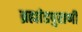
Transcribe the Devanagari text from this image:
ब्रह्मांडपुराणी